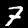
Label: 7